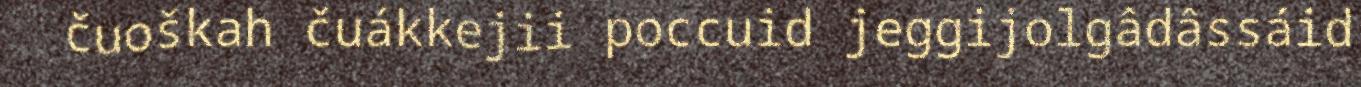
čuoškah čuákkejii poccuid jeggijolgâdâssáid